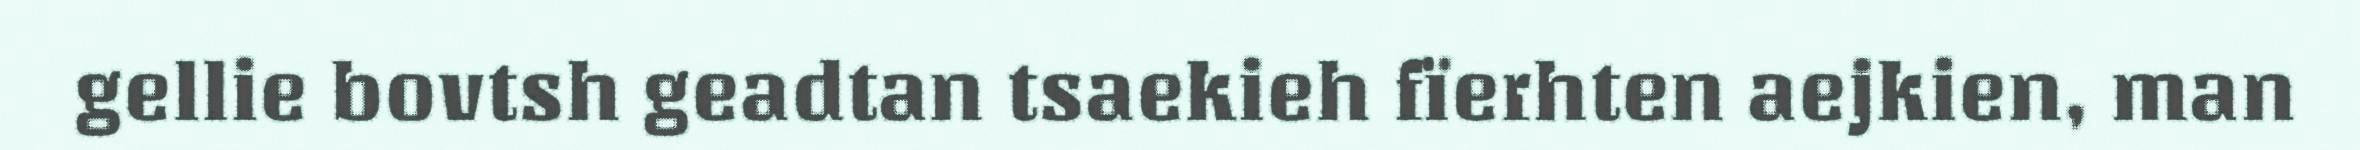
gellie bovtsh geadtan tsaekieh fïerhten aejkien, man